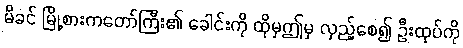
မိခင် မြို့စားကတော်ကြီး၏ ခေါင်းကို ထိုမှဤမှ လှည့်စေ၍ ဦးထုပ်ကို